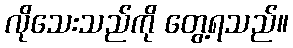
လိုသေးသည်ကို တွေ့ရသည်။